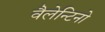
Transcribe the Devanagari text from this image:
वैलेन्टिनो